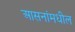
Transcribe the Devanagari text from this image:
आसनांमधील